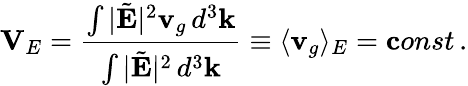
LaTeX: {\mathbf V}_{E}=\frac{\int|\tilde{\mathbf E}|^{2}{\mathbf v}_{g}\, d^{3}{\mathbf k}}{\int|\tilde{\mathbf E}|^{2}\, d^{3}{\mathbf k}}\equiv\langle{\mathbf v}_{g}\rangle_{E}={\mathbf const}\, .